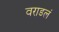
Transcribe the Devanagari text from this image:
वराडलं